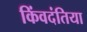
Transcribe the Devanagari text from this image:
किंवदंतिया